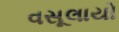
વસૂલાયો